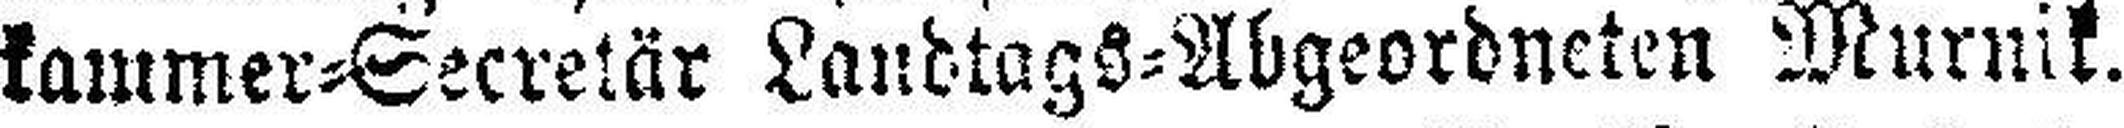
kammer=Secretär Landtags=Abgeordneten Murnik.